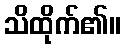
သိထိုက်၏။